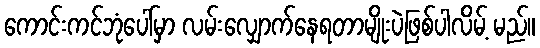
ကောင်းကင်ဘုံပေါ်မှာ လမ်းလျှောက်နေရတာမျိုးပဲဖြစ်ပါလိမ့် မည်။